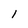
Character: l